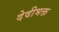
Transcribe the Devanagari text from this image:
देवीभक्त